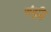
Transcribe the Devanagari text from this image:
संबुद्धि